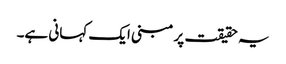
یہ حقیقت پر مبنی ایک کہانی ہے۔